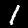
Digit: 1